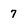
Character: 7